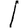
Digit: 1